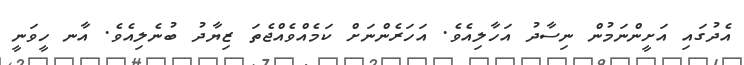
އެދުގައި އަށީންނަމުން ނިސާދު އަހާލިއެވެ. އަހަރެންނަށް ކަމެއްވެއްޖެތަ ޒިޔާދު ބުނެލިއެވެ. އާނ ހީވަނީ